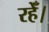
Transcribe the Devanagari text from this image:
रहेँ।